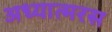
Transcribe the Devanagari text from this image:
अध्यात्मरस